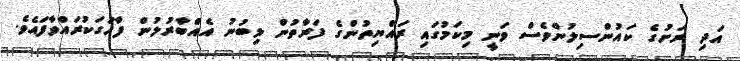
އަދި ރަށުގެ ކައުންސިލުންވެސް ވަނީ މިކަމުގައި ރައްޔިތުންގެ ފަރާތުން ލިބުނު އެއްބާރުލުން ފާހަގަކުރައްވާފައެވެ.